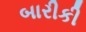
બારીકી